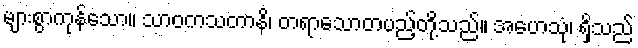
များစွာကုန်သော။ သာဝကသတာနိ၊ တရာသောတပည့်တို့သည်။ အဟေသုံ၊ ရှိသည်